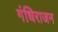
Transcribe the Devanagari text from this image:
गंधिराजन